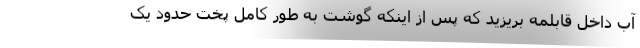
آب داخل قابلمه بریزید که پس از اینکه گوشت به طور کامل پخت حدود یک